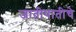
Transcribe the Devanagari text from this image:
जातीपातीचे